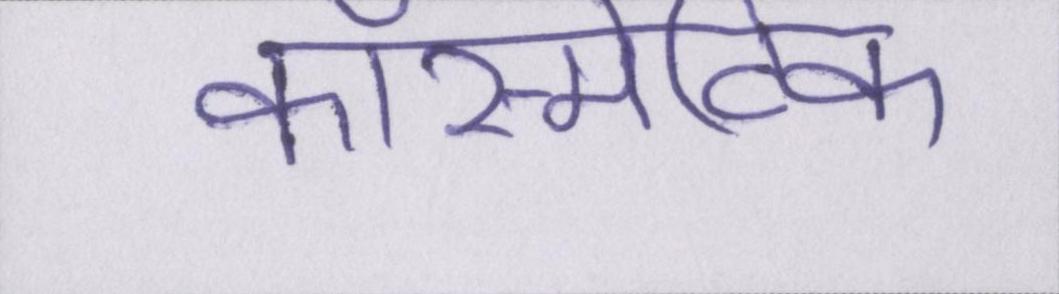
कॉस्मेटिक